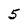
Character: 5